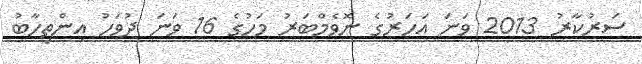
ސަރުކާރު 2013 ވަނަ އަހަރުގެ ނޮވެމްބަރު މަހުގެ 16 ވަނަ ދުވަހު އިންތިހާބު